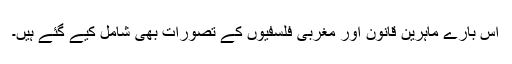
اس بارے ماہرین قانون اور مغربی فلسفیوں کے تصورات بھی شامل کیے گئے ہیں۔